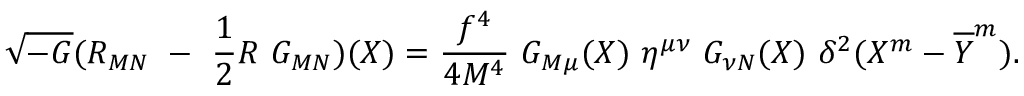
\sqrt { - G } ( R _ { M N } ~ - ~ \frac { 1 } { 2 } R ~ G _ { M N } ) ( X ) = \frac { f ^ { 4 } } { 4 M ^ { 4 } } ~ G _ { M \mu } ( X ) ~ \eta ^ { \mu \nu } ~ G _ { \nu N } ( X ) ~ \delta ^ { 2 } ( X ^ { m } - \overline { { { Y } } } ^ { m } ) .